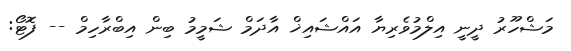
މަޝްހޫރު ދީނީ އިލްމުވެރިޔާ އައްޝައިޚް އާދަމް ޝަމީމު ބިން އިބްރާހިމް -- ފޮޓޯ: